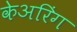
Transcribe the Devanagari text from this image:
केअरिंग